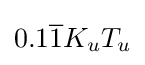
0.1{\overline {1}}K_{u}T_{u}